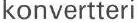
konvertteri